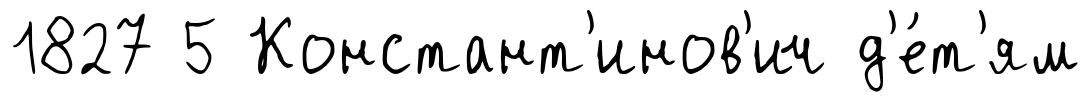
1827 5 Констант'инов'ич д'е́т'ям